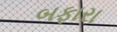
બફારા